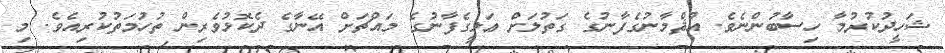
ޝަހީދުކުރުމާ ހިސާބުންނެވެ. އުޘްމާނުގެފާނުގެ ގަތުލަށް ޢަލީގެފާނުގެ މައްޗަށް އޭނާގެ ދެކޮޅުވެރިން ތުހުމަތުކުރިއެވެ. މި